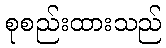
စုစည်းထားသည်